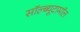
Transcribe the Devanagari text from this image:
सॉल्ब्यूटामॉल